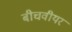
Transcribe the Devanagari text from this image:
बीचवीयर